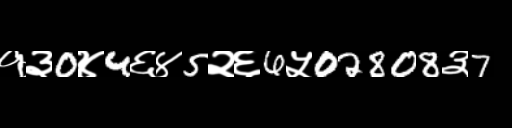
Text: १३0४4६४5२६6५02808३7